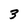
Character: 3